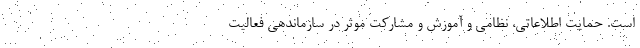
است. حمایت اطلاعاتی، نظامی و آموزش و مشارکت موثر در سازماندهی فعالیت